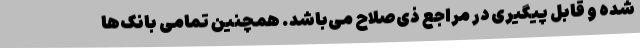
شده و قابل پیگیری در مراجع ذی‌صلاح می‌باشد. همچنین تمامی بانک‌ها